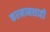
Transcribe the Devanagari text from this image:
करमानशाही